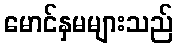
မောင်နှမများသည်